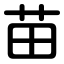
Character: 苗